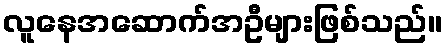
လူနေအဆောက်အဦများဖြစ်သည်။